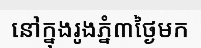
នៅក្នុងរូងភ្នំ៣ថ្ងៃមក